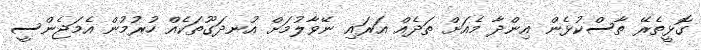
ގޮޅީތެރޭ ތާސްކުޅެން އިންދާ މެއަށް ތަދެއް އަރައި ނޭވާލުމަށް އުނދަގޫތަކެއް ހުރުމުން އެމަޖެންސީ